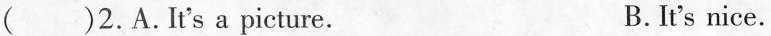
()2.A.It's a picture. B.It's nice.